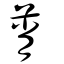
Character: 莦